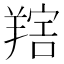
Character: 𦎩